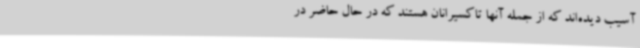
آسیب دیده‌اند که از جمله آنها تاکسیرانان هستند که در حال حاضر در